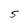
Character: S